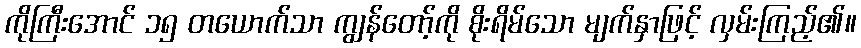
ကိုကြီးအောင် ၁၅ တယောက်သာ ကျွန်တော့်ကို စိုးရိမ်သော မျက်နှာဖြင့် လှမ်းကြည့်၏။